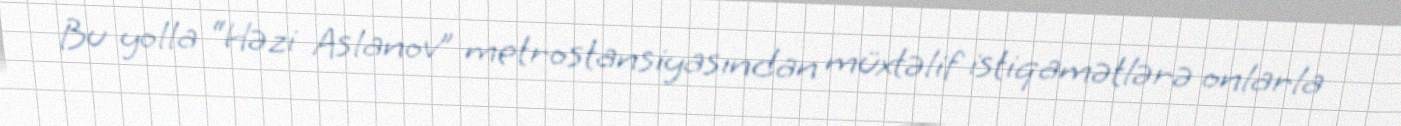
Bu yolla “Həzi Aslanov” metrostansiyasından müxtəlif istiqamətlərə onlarla